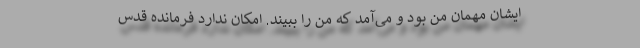
ایشان مهمان من بود و می‌آمد که من را ببیند. امکان ندارد فرمانده قدس